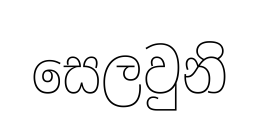
සෙලවුනි